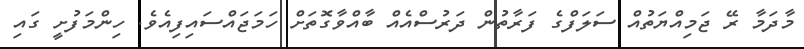
މާދަމާ ރޭ ޖަމިއްޔަތުއް ސަލަފްގެ ފަރާތުން ދަރުސްއެއް ބާއްވާގޮތަށް ހަމަޖައްސައިފިއެވެ. ހިންމަފުށީ ގައި